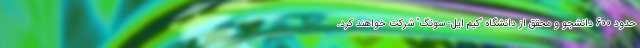
حدود 600 دانشجو و محقق از دانشگاه "کیم ایل- سونگ" شرکت خواهند کرد.